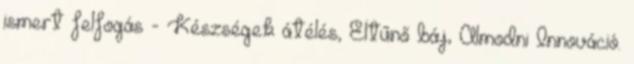
ismert felfogás - Készségek átélés, Eltűnő báj, Álmodni Innováció.